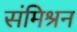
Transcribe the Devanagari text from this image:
संमिश्रन